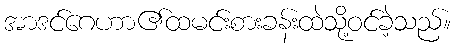
အာဒင်ဂေဟာ၏ထမင်းစားခန်းထဲသို့ဝင်ခဲ့သည်။